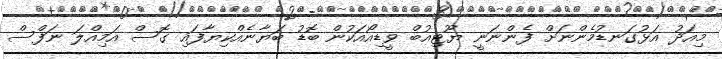
މިއަދު އަޅުގަނޑުމެންނަށް ފެންނަނީ ޔޫޓިއުބް ވީޑިއޯއަކުން ބޮޑު ބަޔާނެއްކިޔާފައި ގޮސް އަމިއްލަ ނަފްސް